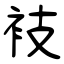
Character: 衼